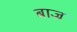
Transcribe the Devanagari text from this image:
बाज्र